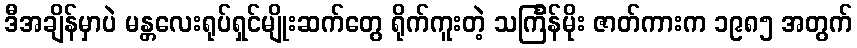
ဒီအချိန်မှာပဲ မန္တလေးရုပ်ရှင်မျိုးဆက်တွေ ရိုက်ကူးတဲ့ သင်္ကြန်မိုး ဇာတ်ကားက ၁၉၈၅ အတွက်